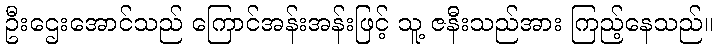
ဦးဌေးအောင်သည် ကြောင်အန်းအန်းဖြင့် သူ့ ဇနီးသည်အား ကြည့်နေသည်။